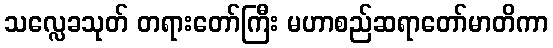
သလ္လေခသုတ် တရားတော်ကြီး မဟာစည်ဆရာတော်မာတိကာ